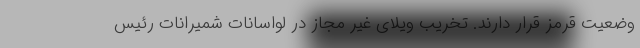
وضعیت قرمز قرار دارند. تخریب ویلای غیر مجاز در لواسانات شمیرانات رئیس